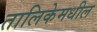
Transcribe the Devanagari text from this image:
तालिकेमधील